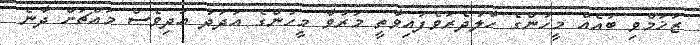
ޒަޚަމްްވި ބައެއް މީހުންގެ ހާލުދެެރަވެފައިވާތީ މަރުވާ މީހުންގެ އަދަދު އަދިވެސް މައްޗަށް ދާނެ